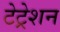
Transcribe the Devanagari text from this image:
टेट्रेशन